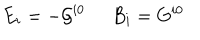
LaTeX: E _ { i } = - { \cal G } ^ { i 0 } \; \; B _ { i } = G ^ { i 0 }